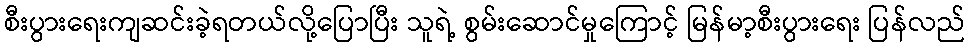
စီးပွားရေးကျဆင်းခဲ့ရတယ်လို့ပြောပြီး သူရဲ့ စွမ်းဆောင်မှုကြောင့် မြန်မာ့စီးပွားရေး ပြန်လည်